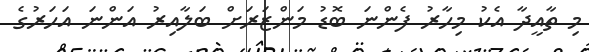
މި ތާއީދާ އެކު މިހާރު ފެންނަ ބޮޑު މަންޒަރަށް ބަލާއިރު އަންނަ އަހަރުގެ